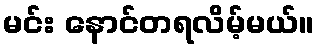
မင်း နောင်တရလိမ့်မယ်။